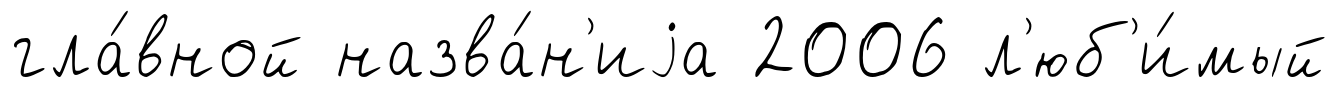
гла́вной назва́н'иjа 2006 л'юб'и́мый